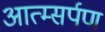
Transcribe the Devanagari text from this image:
आत्म्सर्पण